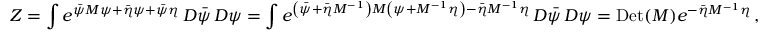
Z = \int e ^ { { \bar { \psi } } M \psi + { \bar { \eta } } \psi + { \bar { \psi } } \eta } \, D { \bar { \psi } } \, D \psi = \int e ^ { \left( { \bar { \psi } } + { \bar { \eta } } M ^ { - 1 } \right) M \left( \psi + M ^ { - 1 } \eta \right) - { \bar { \eta } } M ^ { - 1 } \eta } \, D { \bar { \psi } } \, D \psi = \mathrm { D e t } ( M ) e ^ { - { \bar { \eta } } M ^ { - 1 } \eta } \, ,